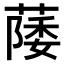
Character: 𫉛